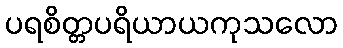
ပရစိတ္တပရိယာယကုသလော